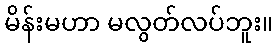
မိန်းမဟာ မလွတ်လပ်ဘူး။